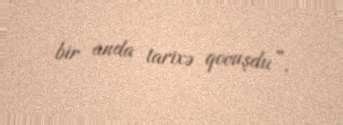
bir anda tarixə qovuşdu”.